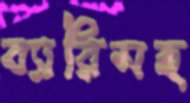
ব্যারিসহ